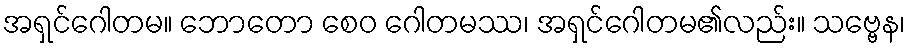
အရှင်ဂေါတမ။ ဘောတော စေဝ ဂေါတမဿ၊ အရှင်ဂေါတမ၏လည်း။ သဗ္ဗေန၊